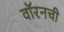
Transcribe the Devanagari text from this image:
वॉरनची